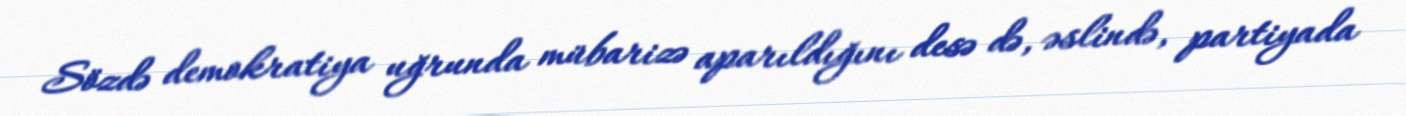
Sözdə demokratiya uğrunda mübarizə aparıldığını desə də, əslində, partiyada